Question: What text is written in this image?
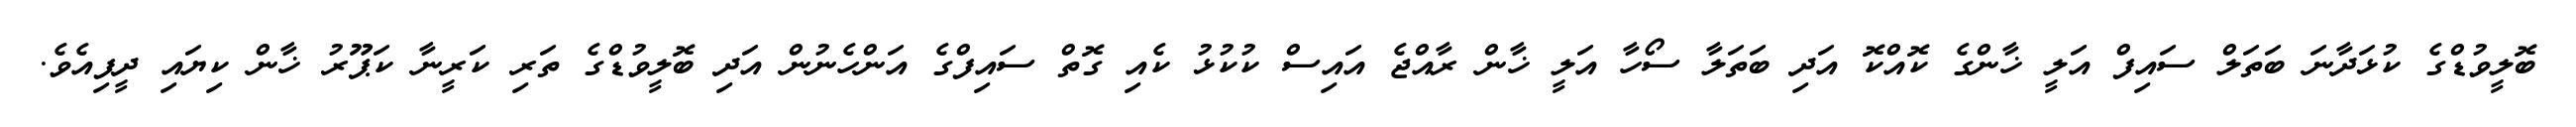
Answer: ބޮލީވުޑްގެ ކުޅަދާނަ ބަތަލް ސައިފް އަލީ ޚާންގެ ކޮއްކޮ އަދި ބަތަލާ ސޯހާ އަލީ ޚާން ރާއްޖެ އައިސް ކުކުޅު ކެއި ގޮތް ސައިފްގެ އަންހެނުން އަދި ބޮލީވުޑްގެ ތަރި ކަރީނާ ކަޕޫރު ޚާން ކިޔައި ދީފިއެވެ.